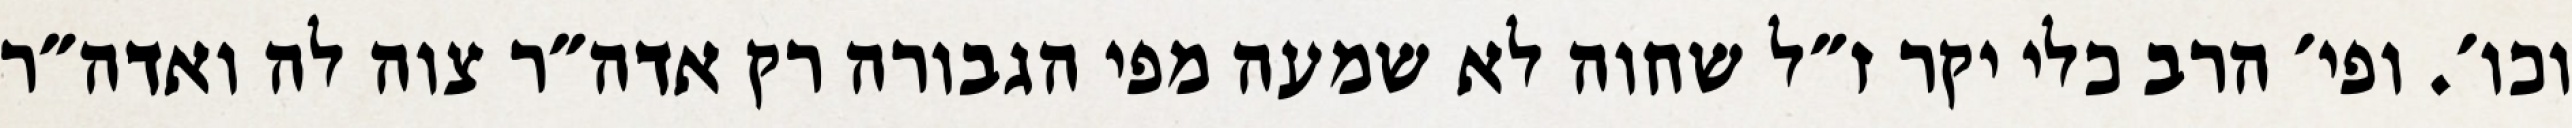
וכו׳. ופי׳ הרב כלי יקר ז״ל שחוה לא שמעה מפי הגבורה רק אדה״ר צוה לה ואדה״ר